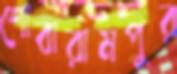
শোবারামপুর